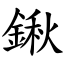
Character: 鍬